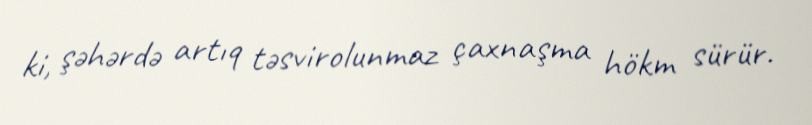
ki, şəhərdə artıq təsvirolunmaz çaxnaşma hökm sürür.